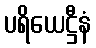
ပရိယေဋ္ဌီနံ